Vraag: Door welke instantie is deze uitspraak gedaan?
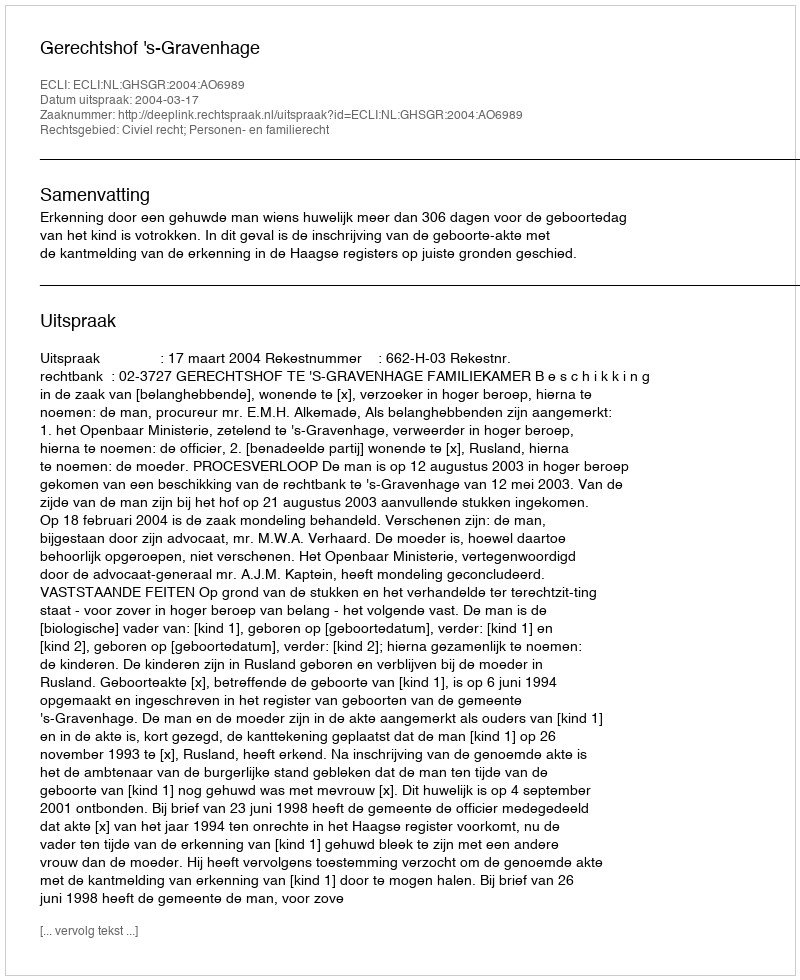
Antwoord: Gerechtshof 's-Gravenhage